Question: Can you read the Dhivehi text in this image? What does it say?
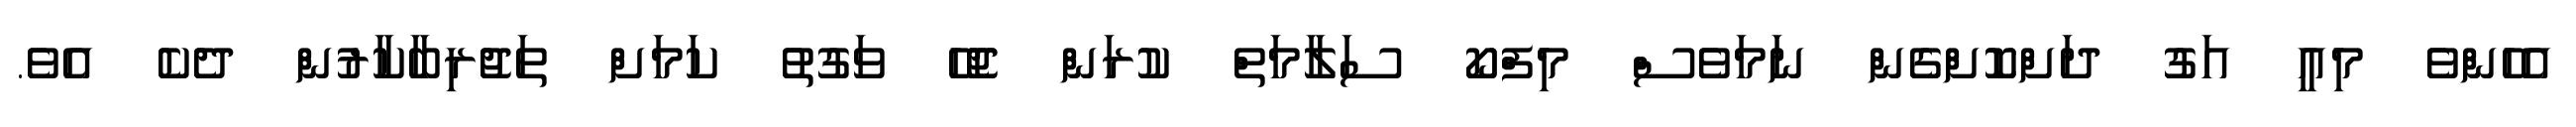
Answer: އެހެންވެ މިއީ އަގު ދަށްކޮށްގެން ނަމަވެސް މިފްކޯ ސަލާމަތް ކުރަން ޖެހޭ ވަގުތު ކަމަށް ތަޖުރިބާކާރުން ދެކެ އެވެ.